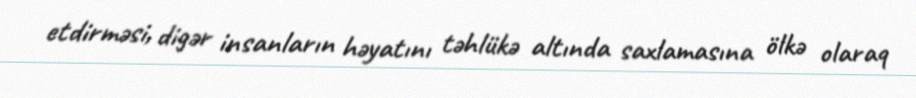
etdirməsi, digər insanların həyatını təhlükə altında saxlamasına ölkə olaraq